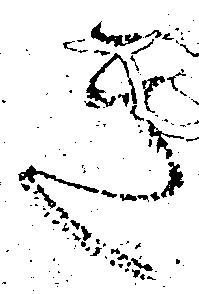
き